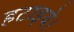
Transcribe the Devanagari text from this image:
हटाइये।